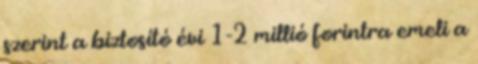
szerint a biztosító évi 1-2 millió forintra emeli a